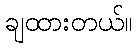
ချထားတယ်။